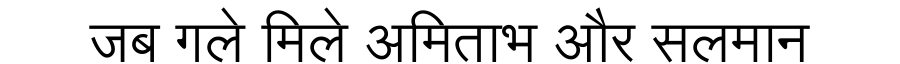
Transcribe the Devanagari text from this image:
जब गले मिले अमिताभ और सलमान